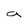
Character: g